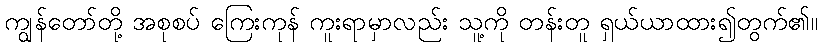
ကျွန်တော်တို့ အစုစပ် ကြေးကုန် ကူးရာမှာလည်း သူ့ကို တန်းတူ ရှယ်ယာထား၍တွက်၏။